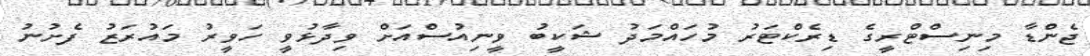
ޖެންޑާ މިނިސްޓްރީގެ ޑިރެކްޓަރު މުހައްމަދު ޝަކީބު ވީނިއުސްއަށް ވިދާޅުވީ ހަވީރު މައުރަޒު ފެށުނު